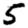
Digit: 5